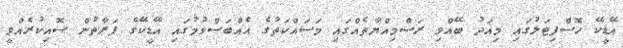
އޭޑީކޭ ހޮސްޕިޓަލުގައި މިއަދު ބޭއްވި ރަސްމިއްޔާތެއްގައި މަސައްކަތުގެ އެއްބަސްވުމުގައި އޭޑީކޭގެ ފަރާތުން ސޮއިކުރެއްވީ